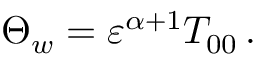
\begin{array} { r } { \Theta _ { w } = { \varepsilon } ^ { \alpha + 1 } T _ { 0 0 } \, . } \end{array}